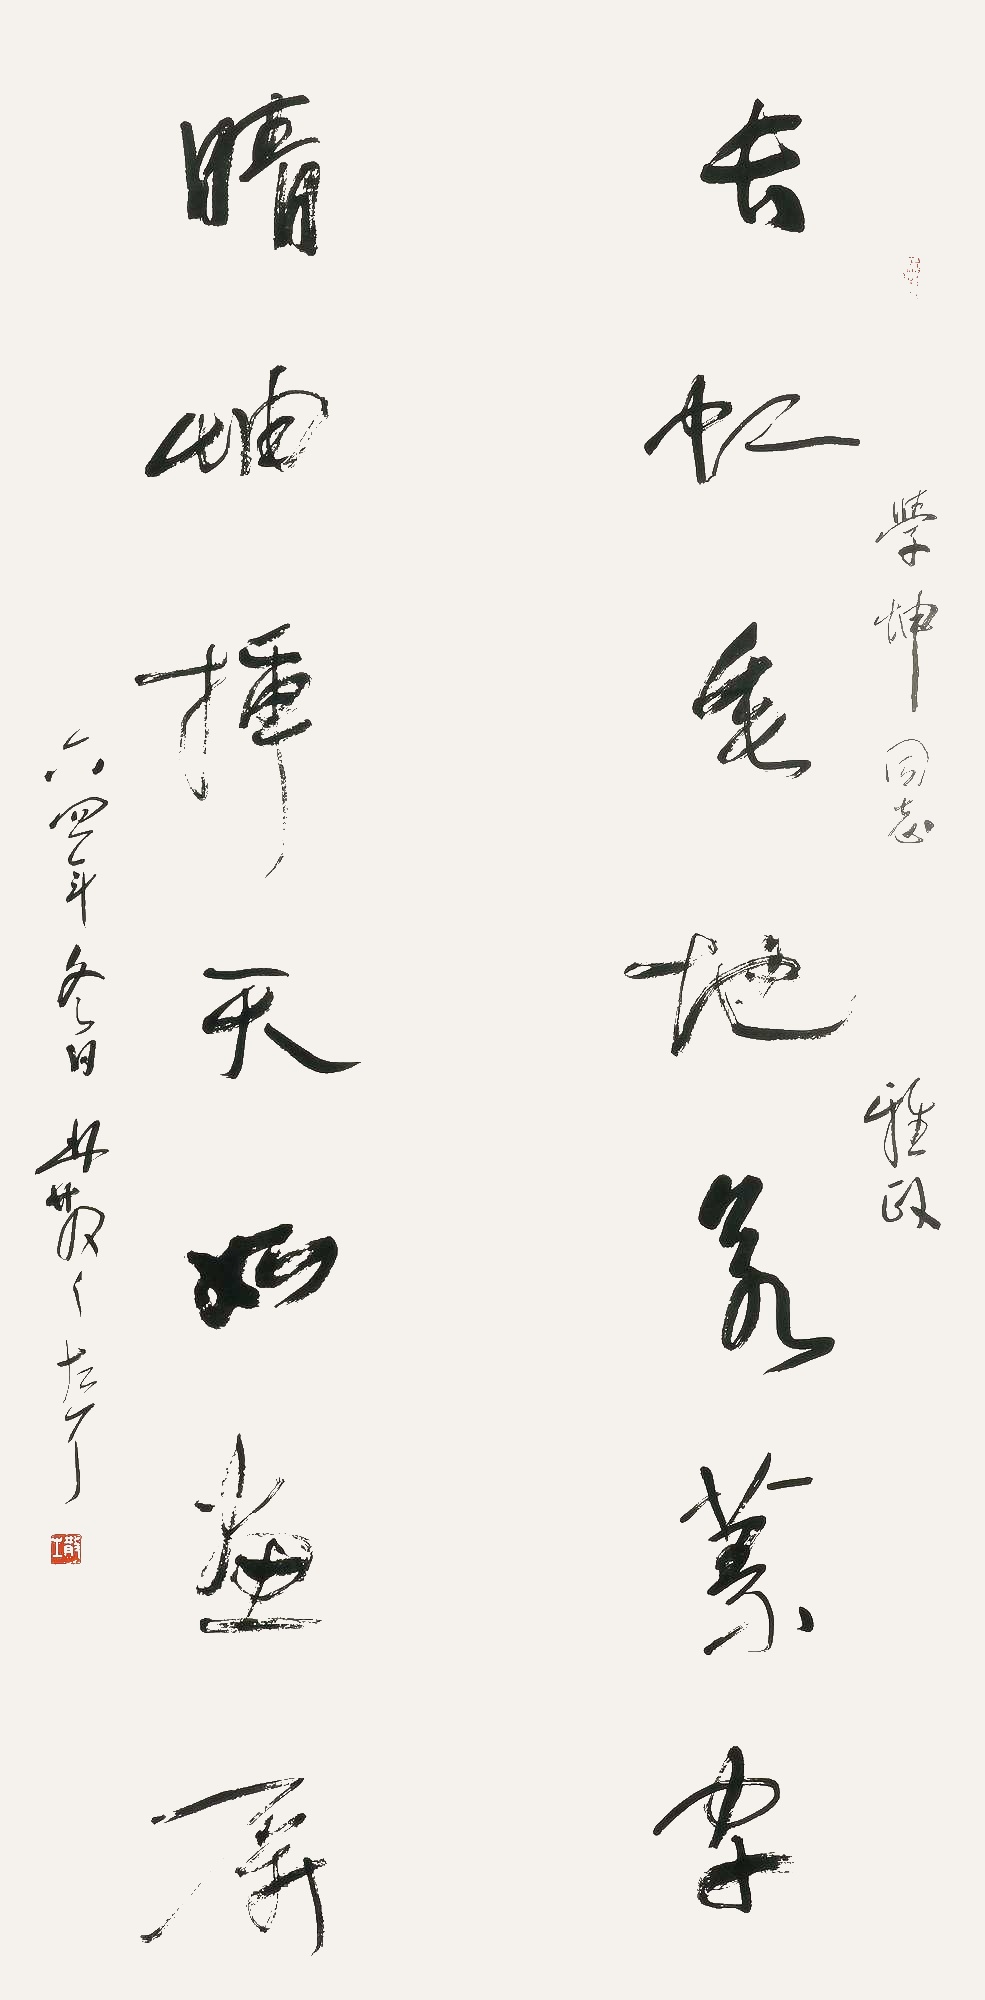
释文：长虹垂地若篆字，晴岫插天如画屏。学坤同志雅政，六四年冬日，林散之左耳。